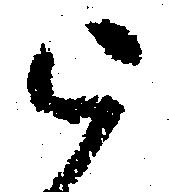
被